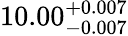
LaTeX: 10.00_{-0.007}^{+0.007}